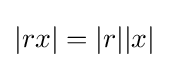
|rx|=|r||x|